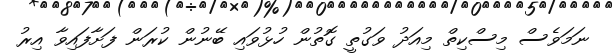
ނަމަވެސް މިސްކިތް މިއަދު ވަގުތީ ގޮތުން ހުޅުވައި ބޭނުން ކުރަން ފަށާފައިވާ އިރު